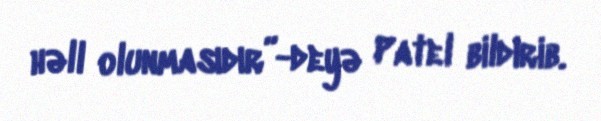
həll olunmasıdır”-deyə Patel bildirib.